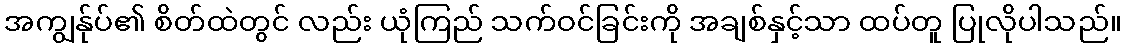
အကျွန်ုပ်၏ စိတ်ထဲတွင် လည်း ယုံကြည် သက်ဝင်ခြင်းကို အချစ်နှင့်သာ ထပ်တူ ပြုလိုပါသည်။